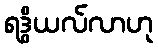
ရဒွိယလ်လာဟု